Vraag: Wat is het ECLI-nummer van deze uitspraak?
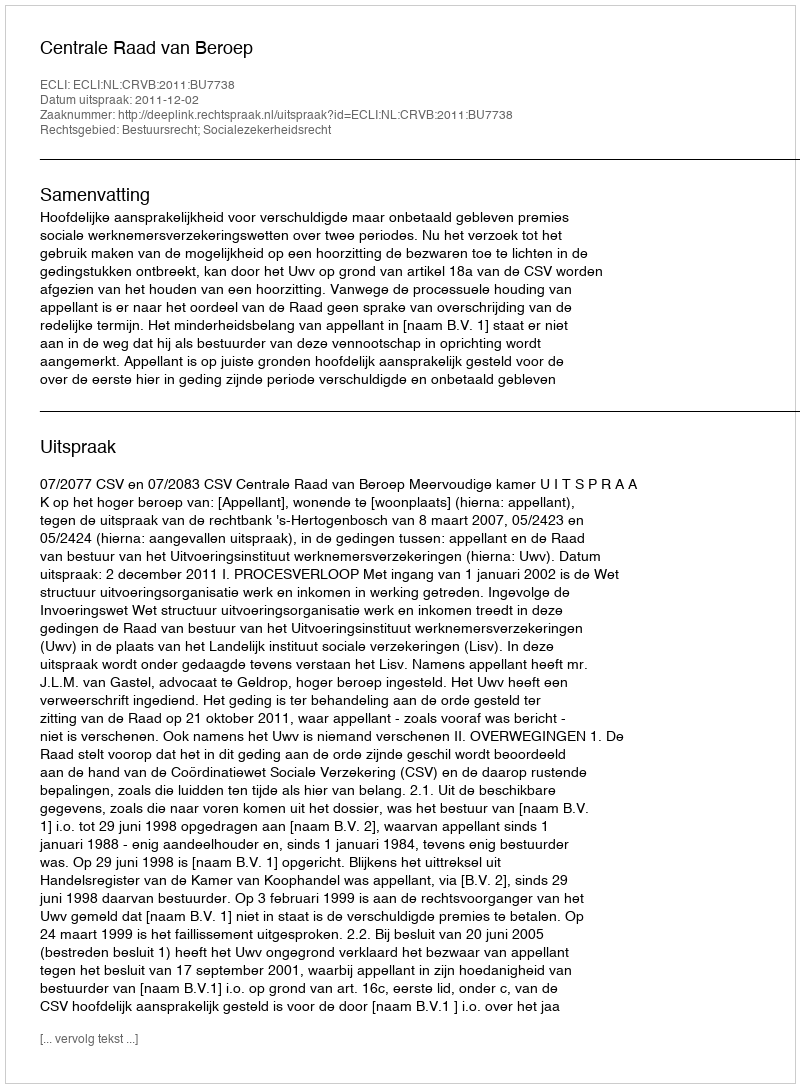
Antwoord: ECLI:NL:CRVB:2011:BU7738